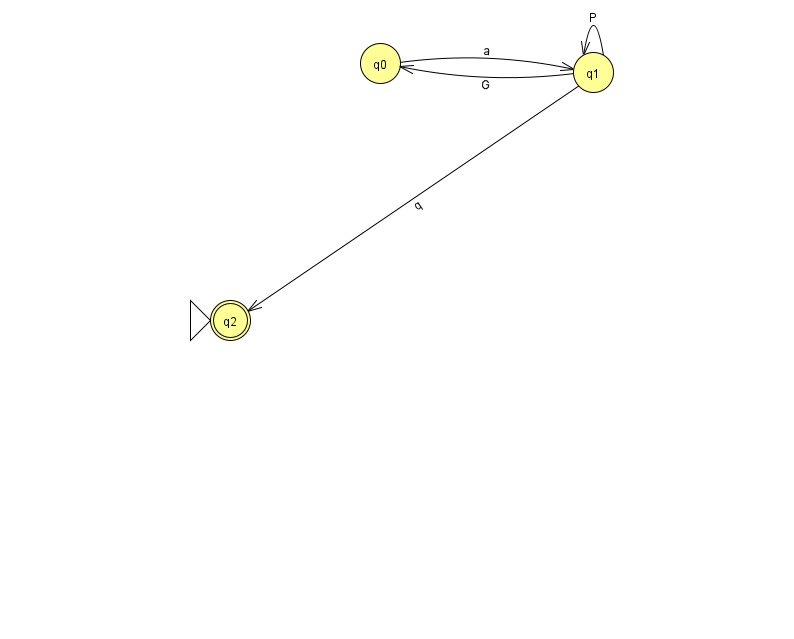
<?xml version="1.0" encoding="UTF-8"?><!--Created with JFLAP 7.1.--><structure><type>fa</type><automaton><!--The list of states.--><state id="0" name="q0"><x>380.0</x><y>50.0</y></state><state id="1" name="q1"><x>593.0</x><y>59.0</y></state><state id="2" name="q2"><x>230.0</x><y>307.0</y><initial/><final/></state><!--The list of transitions.--><transition><from>1</from><to>1</to><read>P</read></transition><transition><from>0</from><to>1</to><read>a</read></transition><transition><from>1</from><to>2</to><read>q</read></transition><transition><from>1</from><to>0</to><read>G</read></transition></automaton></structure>